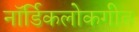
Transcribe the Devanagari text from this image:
नॉर्डिकलोकगीत